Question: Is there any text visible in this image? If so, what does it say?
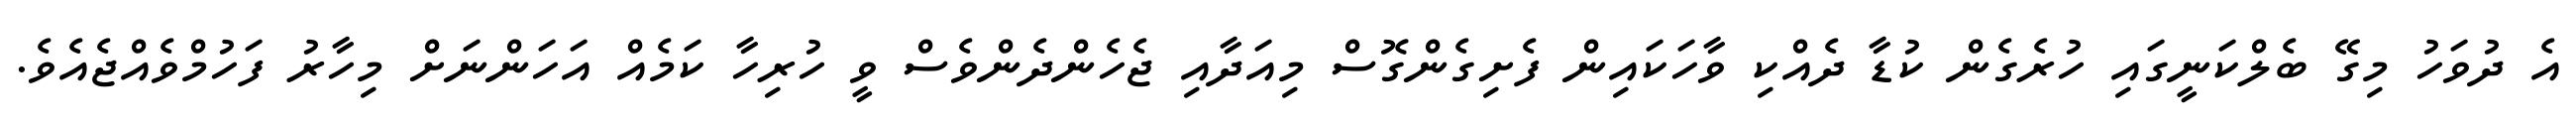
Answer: އެ ދުވަހު މިގޭ ބެލްކަނީގައި ހުރެގެން ކުޑާ ދެއްކި ވާހަކައިން ފެށިގެންގޮސް މިއަދާއި ޖެހެންދެންވެސް ވީ ހުރިހާ ކަމެއް އަހަންނަށް މިހާރު ފަހުމްވެއްޖެއެވެ.